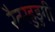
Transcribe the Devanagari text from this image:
रैतरहुडुगी